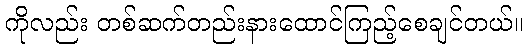
ကိုလည်း တစ်ဆက်တည်းနားထောင်ကြည့်စေချင်တယ်။